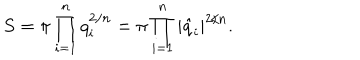
S = \pi \prod _ { i = 1 } ^ { n } q _ { i } ^ { 2 / n } = \pi \prod _ { i = 1 } ^ { n } | \hat { q } _ { i } | ^ { 2 / n } .